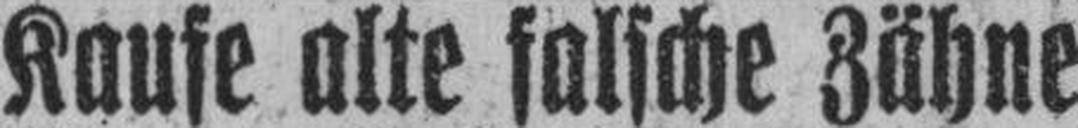
Kaufe alte falsche Zähne